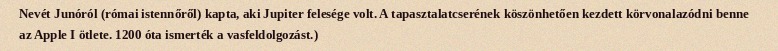
Nevét Junóról (római istennőről) kapta, aki Jupiter felesége volt. A tapasztalatcserének köszönhetően kezdett körvonalazódni benne az Apple I ötlete. 1200 óta ismerték a vasfeldolgozást.)